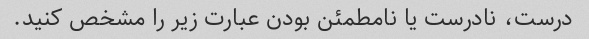
درست، نادرست یا نامطمئن بودن عبارت زیر را مشخص کنید.